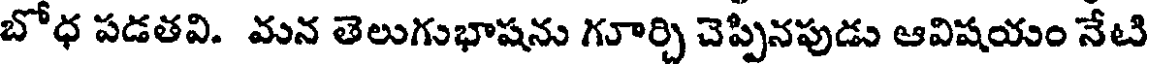
బోధ పడతవి. మన తెలుగుభాషను గూర్చి చెప్పినపుడు ఆవిషయం నేటి